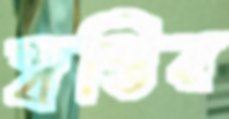
স্বস্তির